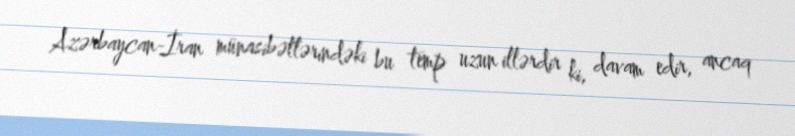
Azərbaycan-İran münasibətlərindəki bu temp uzun illərdir ki, davam edir, ancaq